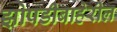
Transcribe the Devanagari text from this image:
झोपडीबाहेरील